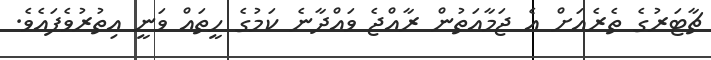
ޗާޓަރުގެ ތެރެއަށް އެ ޖަމާއަތުން ރާއްޖެ ވައްދާނެ ކަމުގެ ހީތައް ވަނީ އިތުރުވެފައެވެ.